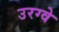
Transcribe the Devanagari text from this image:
उरग्वे